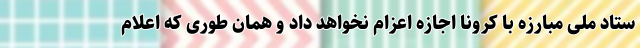
ستاد ملی مبارزه با کرونا اجازه اعزام نخواهد داد و همان طوری که اعلام